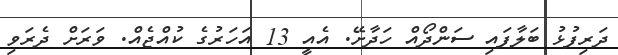
ދަރިފުޅު ބަލާފައި ސަންދޯއް ހަދާށޭ. އެއީ 13 އަހަރުގެ ކުއްޖެއް. ވަރަށް ދެރަވި